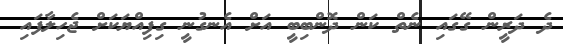
ދެ ދަރީން ގޭގައި ނެތް ކަން ދޮންބިބީ އަށް އެނގުނީ ގިފިއްޔަކަށް ޖެހިލާފައި